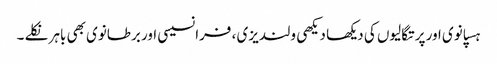
ہسپانوی اور پرتگالیوں کی دیکھا دیکھی ولندیزی ، فرانسیسی اور برطانوی بھی باہر نکلے ۔